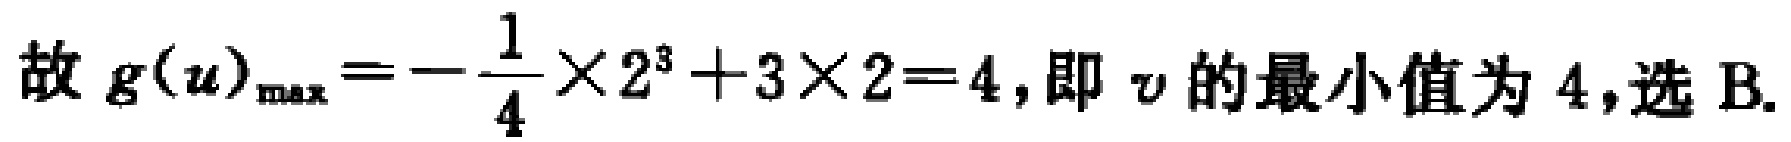
故 \(g(u)_{\max}=-\frac{1}{4}\times 2^{3}+3\times 2 = 4\), 即 \(v\) 的最小值为 \(4\), 选 B.